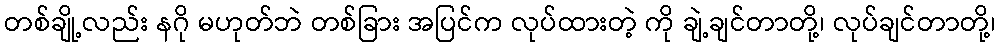
တစ်ချို့လည်း နဂို မဟုတ်ဘဲ တစ်ခြား အပြင်က လုပ်ထားတဲ့ ကို ချဲ့ချင်တာတို့၊ လုပ်ချင်တာတို့၊